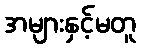
အများနှင့်မတူ